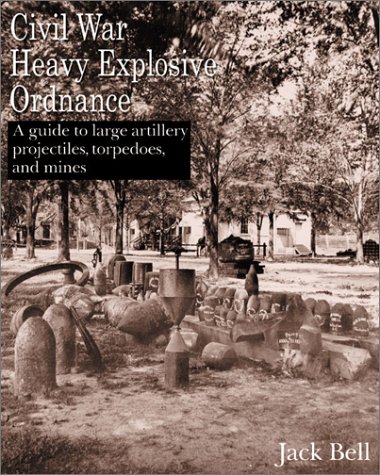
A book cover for Civil War Heavy Explosive Ordnance: A Guide to Large Artillery Projectiles, Torpedoes, and Mines; Jack Bell; Crafts, Hobbies & Home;